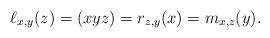
LaTeX: \begin{align*}\ell_{x,y}(z) = (xyz) = r_{z,y}(x) = m_{x,z}(y).\end{align*}